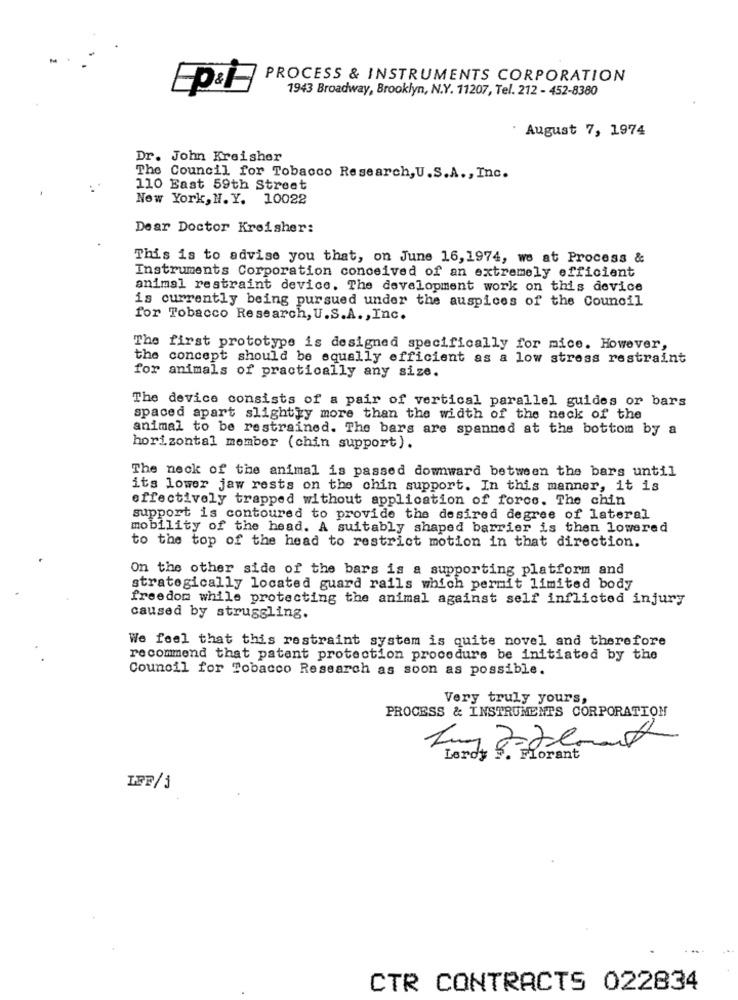
PROCESS & INSTRUMENTS CORPORATION
1943 Broadway, Brooklyn, N.Y. 11207, Tel. 212 - 452-8380
. August 7, 1974
Dr. John Kreisher
The Council for Tobacco Research, U.S.A ., Inc.
110 Bast 59th Street
New York, H. Y. 10022
Dear Doctor Kreisher:
This is to advise you that, on June 16,1974, we at Process &
Instruments Corporation conceived of an extremely efficient
animal restraint device. The development work on this device
is currently being pursued under the auspices of the Council
for Tobacco Research, U.S.A. , Inc.
The first prototype is designed specifically for mice. However,
the concept should be equally efficient as a low stress restraint
for animals of practically any size.
The device consists of a pair of vertical parallel guides or bars
spaced apart slightly more than the width of the neck of the
animal to be restrained. The bars are spanned at the bottom by a
horizontal member (chin support).
The neck of the animal is passed downward between the bars until
its lower jaw rests on the chin support. In this manner, it is
effectively trapped without application of force. The chin
support is contoured to provide the desired degree of lateral
mobility of the head. A suitably shaped barrier is then lowered
to the top of the head to restrict motion in that direction.
On the other side of the bars is a supporting platform and
strategically located guard rails which permit limited body
freedom while protecting the animal against self inflicted injury
caused by struggling.
We feel that this restraint system is quite novel and therefore
recommend that patent protection procedure be initiated by the
Council for Tobacco Research as soon as possible.
Very truly yours,
PROCESS & INSTRUMENTS CORPORATION
Lordy F. Forant
CTR CONTRACTS 022834